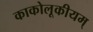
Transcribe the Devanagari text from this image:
काकोलूकीयम्